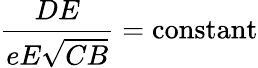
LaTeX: {\frac{DE}{eE{\sqrt{CB}}}}={\mathrm{constant}}